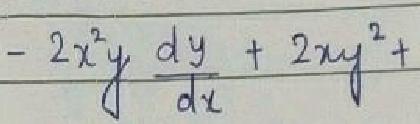
\(-2x^{2}y\frac{dy}{dx}+2xy^{2}+\)